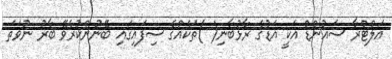
އަލްޓްރާ ސައުންޑް އަކީ އަޑުގެ ރާޅުބާނި( )ތަކެއްގެ ސިފައިގައި ބޭނުންކުރެވޭ ބާރު ނުވަތަ